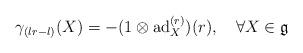
LaTeX: \begin{align*}\gamma_{(lr-l)}(X)=-(1\otimes \mathrm{ad}_{X}^{(r)})(r),\quad\forall X\in\mathfrak{g}\end{align*}